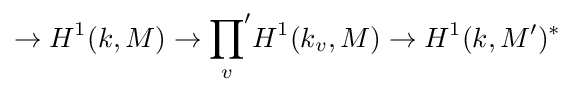
\rightarrow H^{1}(k,M)\rightarrow {\prod _{v}}'H^{1}(k_{v},M)\rightarrow H^{1}(k,M')^{*}